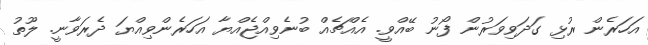
އަހަރެން ރުޅި ގަދަވިވަރުން ފޯނު ބޭއްވީ. އެއްޗެއް ބުނެވިއްޖެއްޔާ އަހަރެންވިއްޔަ ދެރަވާނީ. ލޫތު